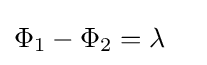
\Phi _{1}-\Phi _{2}=\lambda \quad